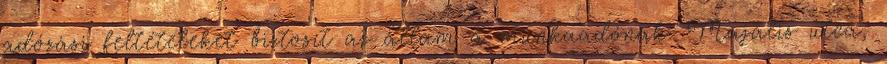
adózási feltételeket biztosít az állam a munkaadónak. Majális utca,